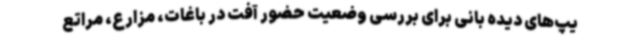
یپ‌های دیده بانی برای بررسی وضعیت حضور آفت در باغات، مزارع، مراتع